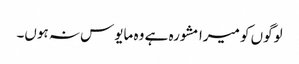
لوگوں کو میرا مشورہ ہے وہ مایوس نہ ہوں۔